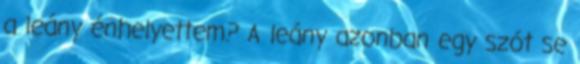
a leány énhelyettem? A leány azonban egy szót se